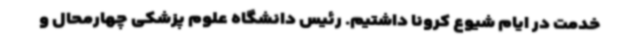
خدمت در ایام شیوع کرونا داشتیم. رئیس دانشگاه علوم پزشکی چهارمحال و